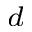
^ d